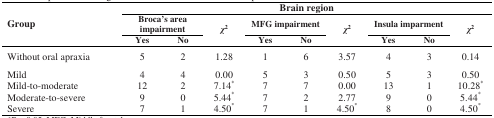
| <ROWSPAN=3> Group | <COLSPAN=9> Brain region |
 | <COLSPAN=2> Broca’s areaimpairment | <ROWSPAN=2> χ2 | <COLSPAN=2> MFG impairment | <ROWSPAN=2> χ2 | <COLSPAN=2> Insula imparment | <ROWSPAN=2> χ2 |
 | Yes | No | Yes | No | Yes | No |
 | --- | --- | --- | --- | --- | --- | --- | --- | --- | --- |
 | Without oral apraxia | 5 | 2 | 1.28 | 1 | 6 | 3.57 | 4 | 3 | 0.14 |
 | Mild | 4 | 4 | 0.00 | 5 | 3 | 0.50 | 5 | 3 | 0.50 |
 | Mild-to-moderate | 12 | 2 | 7.14* | 7 | 7 | 0.00 | 13 | 1 | 10.28* |
 | Moderate-to-severe | 9 | 0 | 5.44* | 7 | 2 | 2.77 | 9 | 0 | 5.44* |
 | Severe | 7 | 1 | 4.50* | 7 | 1 | 4.50* | 8 | 0 | 4.50* |